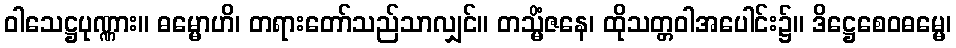
ဝါသေဋ္ဌပုဏ္ဏား။ ဓမ္မောဟိ၊ တရားတော်သည်သာလျှင်။ တသ္မိံဇနေ၊ ထိုသတ္တဝါအပေါင်း၌။ ဒိဋ္ဌေစေဝဓမ္မေ၊